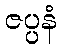
ဇပ္ပနံ